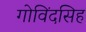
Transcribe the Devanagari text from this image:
गोविंदसिह